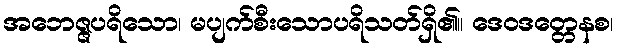
အဘေဇ္ဇပရိသော၊ မပျက်စီးသောပရိသတ်ရှိ၏။ ဒေဝဒတ္တေနစ၊